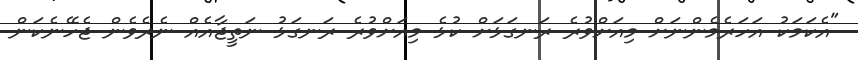
"އެކަމަކު އަހަރެމެންނަށް މިއަށްވުރެ ރަނގަޅަށް ކުޅެ މިއަށްވުރެ ރަނގަޅު ނަތީޖާއެއް ނެރެވެން ޖެހޭނެކަން